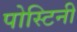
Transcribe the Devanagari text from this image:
पोस्टिनी